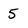
Character: 5